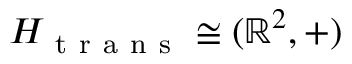
H _ { \mathrm { ~ t ~ r ~ a ~ n ~ s ~ } } \cong ( \mathbb { R } ^ { 2 } , + )